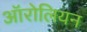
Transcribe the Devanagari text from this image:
ऑरोलियन